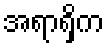
အရာရှိက